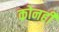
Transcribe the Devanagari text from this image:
कोनही